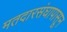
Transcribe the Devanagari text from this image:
मतदारसंघापासून